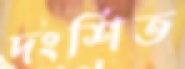
দংশিত